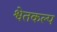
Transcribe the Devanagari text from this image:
श्वेतकल्प